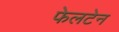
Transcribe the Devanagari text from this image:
फेलटेन